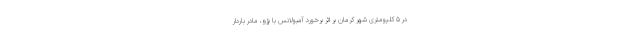
در ۵ کلیومتری شهر کرمان بر اثر برخورد آمبولانس با پژو، مادر باردار